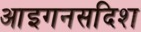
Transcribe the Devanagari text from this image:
आइगनसदिश